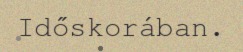
Időskorában.